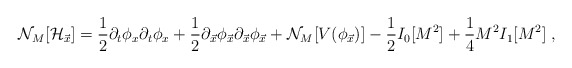
\begin{align*}{\cal N}_M[{\cal H}_{\vec{x}}]={\frac {1}{2}}\partial_t\phi_x\partial_t\phi_x+ {\frac {1}{2}}\partial_{\vec{x}}\phi_{\vec{x}}\partial_{\vec{x}} \phi_{\vec{x}} +{\cal N}_M[V(\phi_{\vec{x}})] - {\frac {1}{2}}I_0[M^2]+{\frac {1}{4}} M^2 I_1[M^2] \;,\end{align*}